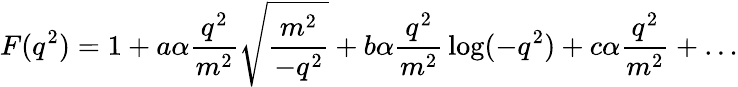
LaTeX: F(q^{2})=1+a\alpha{\frac{q^{2}}{m^{2}}}\sqrt{\frac{m^{2}}{-q^{2}}}+b\alpha{\frac{q^{2}}{m^{2}}}\log(-q^{2})+c\alpha{\frac{q^{2}}{m^{2}}}+\ldots